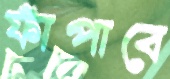
ফাঁপাবে